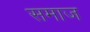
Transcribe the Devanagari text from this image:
समाज